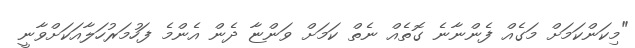
"މިކަންކަމަށް މަގެއް ފެންނާނެ ގޮތެއް ނެތް ކަމަށް ވަންޏާ ދެން އެންމެ ފަހުމަރުހަލާއަކަށްވާނީ